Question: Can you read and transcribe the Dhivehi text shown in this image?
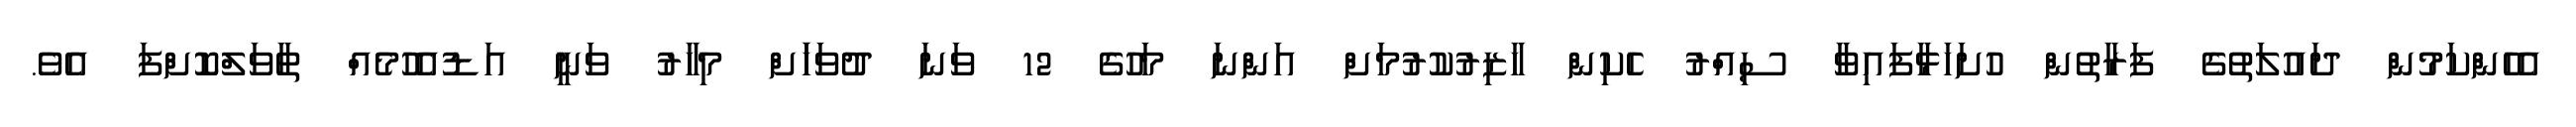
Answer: އެހެންކަމުން ދައުލަތުގެ ފަރާތުން ހުށަހަޅާފައިވާ ސިއްރު ހެކިން ހާޒިރުކުރުމަށް އަންނަ މަހުގެ 12 ވަނަ ދުވަހަަށް މިހާރު ވަނީ އަޑުއެހުމެއް ތާވަލްކޮށްފަ އެވެ.